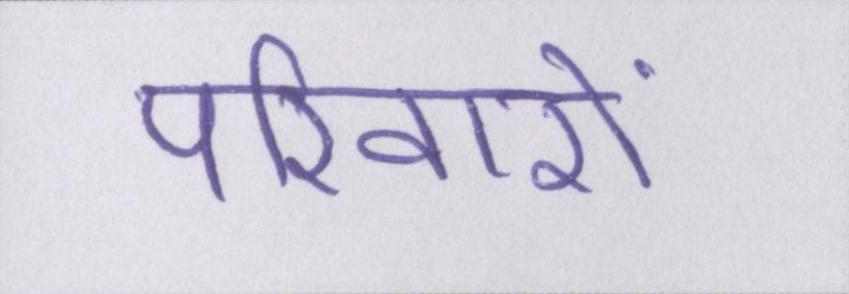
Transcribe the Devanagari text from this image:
परिवारों